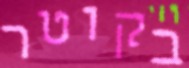
בקוטר